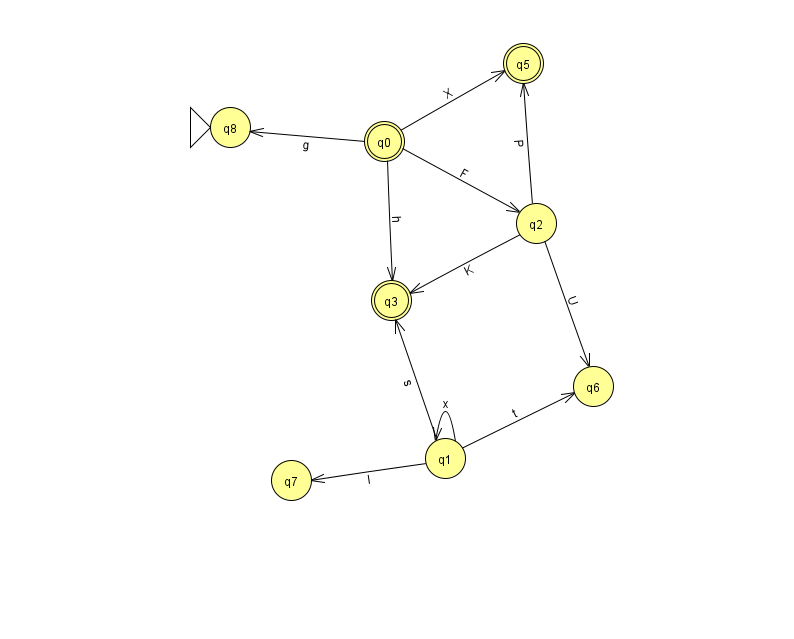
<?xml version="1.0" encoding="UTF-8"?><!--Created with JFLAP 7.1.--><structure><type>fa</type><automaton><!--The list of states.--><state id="0" name="q0"><x>384.0</x><y>128.0</y><final/></state><state id="1" name="q1"><x>445.0</x><y>445.0</y></state><state id="2" name="q2"><x>536.0</x><y>210.0</y></state><state id="3" name="q3"><x>391.0</x><y>287.0</y><final/></state><state id="5" name="q5"><x>523.0</x><y>50.0</y><final/></state><state id="6" name="q6"><x>593.0</x><y>373.0</y></state><state id="7" name="q7"><x>291.0</x><y>467.0</y></state><state id="8" name="q8"><x>230.0</x><y>114.0</y><initial/></state><!--The list of transitions.--><transition><from>2</from><to>3</to><read>K</read></transition><transition><from>1</from><to>6</to><read>t</read></transition><transition><from>2</from><to>6</to><read>U</read></transition><transition><from>0</from><to>5</to><read>X</read></transition><transition><from>1</from><to>1</to><read>x</read></transition><transition><from>1</from><to>3</to><read>s</read></transition><transition><from>0</from><to>2</to><read>F</read></transition><transition><from>1</from><to>7</to><read>l</read></transition><transition><from>0</from><to>8</to><read>g</read></transition><transition><from>0</from><to>3</to><read>h</read></transition><transition><from>2</from><to>5</to><read>P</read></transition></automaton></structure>